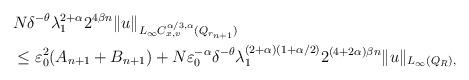
LaTeX: \begin{align*} \begin{aligned} & N \delta^{-\theta} \lambda_1^{2+\alpha} 2^{4 \beta n} \|u\|_{L_{\infty} C^{\alpha/3, \alpha}_{x, v} (Q_{ r_{n+1}}) }\\ & \le \varepsilon_0^2 (A_{n+1} + B_{n+1}) + N \varepsilon^{-\alpha}_0 \delta^{-\theta} \lambda_1^{(2+\alpha)(1+\alpha/2)} 2^{ (4 + 2 \alpha) \beta n} \|u\|_{ L_{\infty} (Q_R), } \end{aligned} \end{align*}